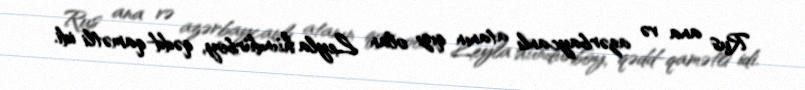
Rus ana və azərbaycanlı atanın qızı olan Leyla hündürboy, qədd-qamətli idi.